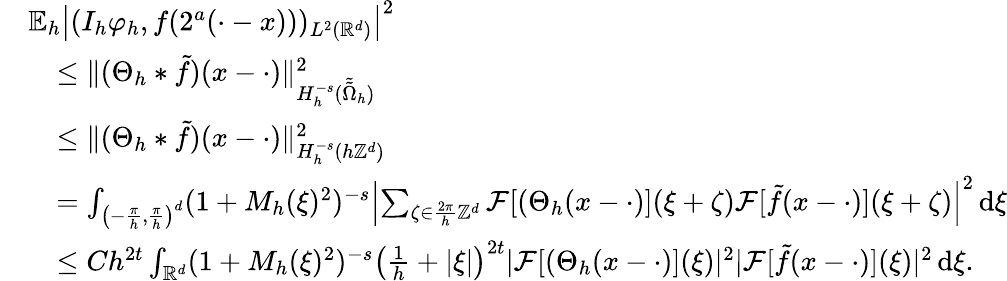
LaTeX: \begin{array}{rl}&{\mathbb{E}_{h}\left|(I_{h}\varphi_{h},f(2^{a}(\cdot-x)))_{L^{2}(\mathbb{R}^{d})}\right|^{2}}\\ &{\quad\le\| (\Theta_{h}*\tilde{f})(x-\cdot)\| _{H_{h}^{-s}(\tilde{\tilde{\Omega}}_{h})}^{2}}\\ &{\quad\le\| (\Theta_{h}*\tilde{f})(x-\cdot)\| _{H_{h}^{-s}(h\mathbb{Z}^{d})}^{2}}\\ &{\quad=\int_{\left(-\frac{\pi}{h},\frac{\pi}{h}\right)^{d}}(1+M_{h}(\xi)^{2})^{-s}\left|\sum_{\zeta\in\frac{2\pi}{h}\mathbb{Z}^{d}}\mathcal{F}[(\Theta_{h}(x-\cdot)](\xi+\zeta)\mathcal{F}[\tilde{f}(x-\cdot)](\xi+\zeta)\right|^{2}\, \mathrm{d}\xi}\\ &{\quad\le Ch^{2t}\int_{\mathbb{R}^{d}}(1+M_{h}(\xi)^{2})^{-s}\left(\frac 1h+|\xi|\right)^{2t}|\mathcal{F}[(\Theta_{h}(x-\cdot)](\xi)|^{2}|\mathcal{F}[\tilde{f}(x-\cdot)](\xi)|^{2}\, \mathrm{d}\xi.}\end{array}